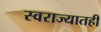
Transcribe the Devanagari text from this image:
स्वराज्यातही